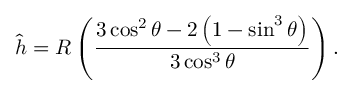
\hat { h } = R \left( \frac { 3 \cos ^ { 2 } \theta - 2 \left( 1 - \sin ^ { 3 } \theta \right) } { 3 \cos ^ { 3 } \theta } \right) .